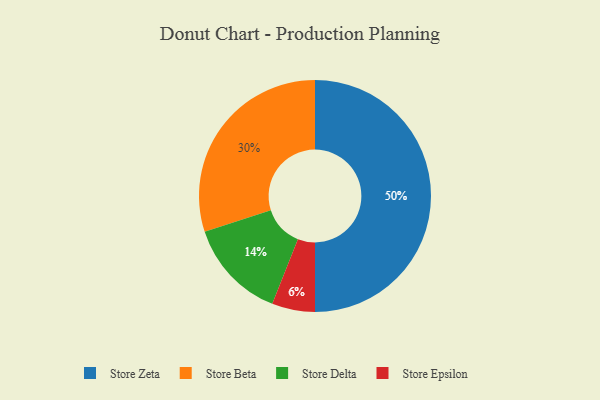
{"axis": {"x": "Category", "y": "Percentage"}, "legend": ["Store Beta", "Store Delta", "Store Epsilon", "Store Zeta"], "data": [{"x": "Store Zeta", "y": 50, "type": "Store Zeta"}, {"x": "Store Epsilon", "y": 6, "type": "Store Epsilon"}, {"x": "Store Beta", "y": 30, "type": "Store Beta"}, {"x": "Store Delta", "y": 14, "type": "Store Delta"}]}